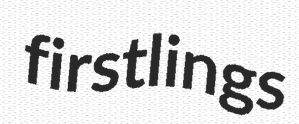
firstlings